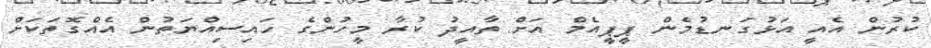
ކުރުން އެއީ އަޅުގަނޑުމެން ޕީޕީއެމް އަށް ތާއީދު ކުރާ މީހުންގެ ހައިސިއްޔަތުން އެއްގޮތަކަށް